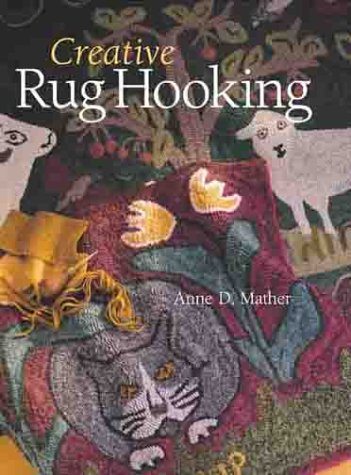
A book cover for Creative Rug Hooking; Anne Mather; Crafts, Hobbies & Home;